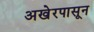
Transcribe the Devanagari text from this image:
अखेरपासून